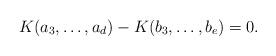
LaTeX: \begin{align*} K(a_3,\ldots,a_d)-K(b_3,\ldots,b_e)=0. \end{align*}